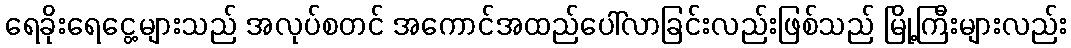
ရေခိုးရေငွေ့များသည် အလုပ်စတင် အကောင်အထည်ပေါ်လာခြင်းလည်းဖြစ်သည် မြို့ကြီးများလည်း